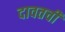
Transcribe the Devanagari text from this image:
दावतची